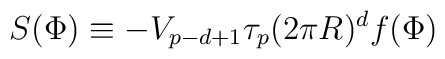
S(\Phi)\equiv -V_{p-d+1}\tau_p(2\pi R)^df(\Phi)